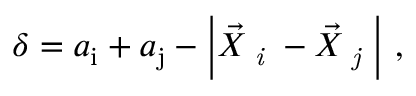
\delta = a _ { \mathrm { i } } + a _ { \mathrm { j } } - \left| \vec { X } _ { \textit { i } } - \vec { X } _ { \textit { j } } \right| \, ,